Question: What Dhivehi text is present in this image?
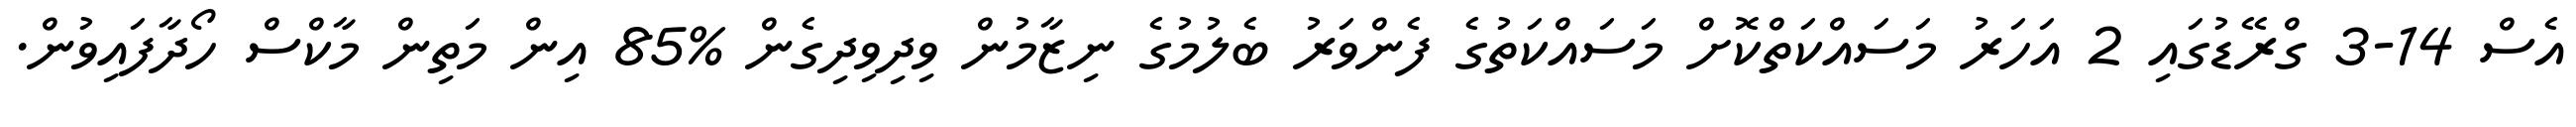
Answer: އެސް 14-3 ގްރޭޑުގައި 2 އަހަރު މަސައްކަތްކޮށް މަސައްކަތުގެ ފެންވަރު ބެލުމުގެ ނިޒާމުން ވިދިވިދިގެން %85 އިން މަތިން މާކްސް ހޯދާފައިވުން.